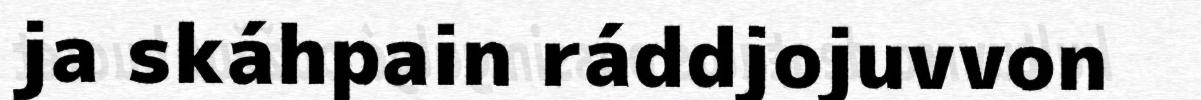
ja skáhpain ráddjojuvvon